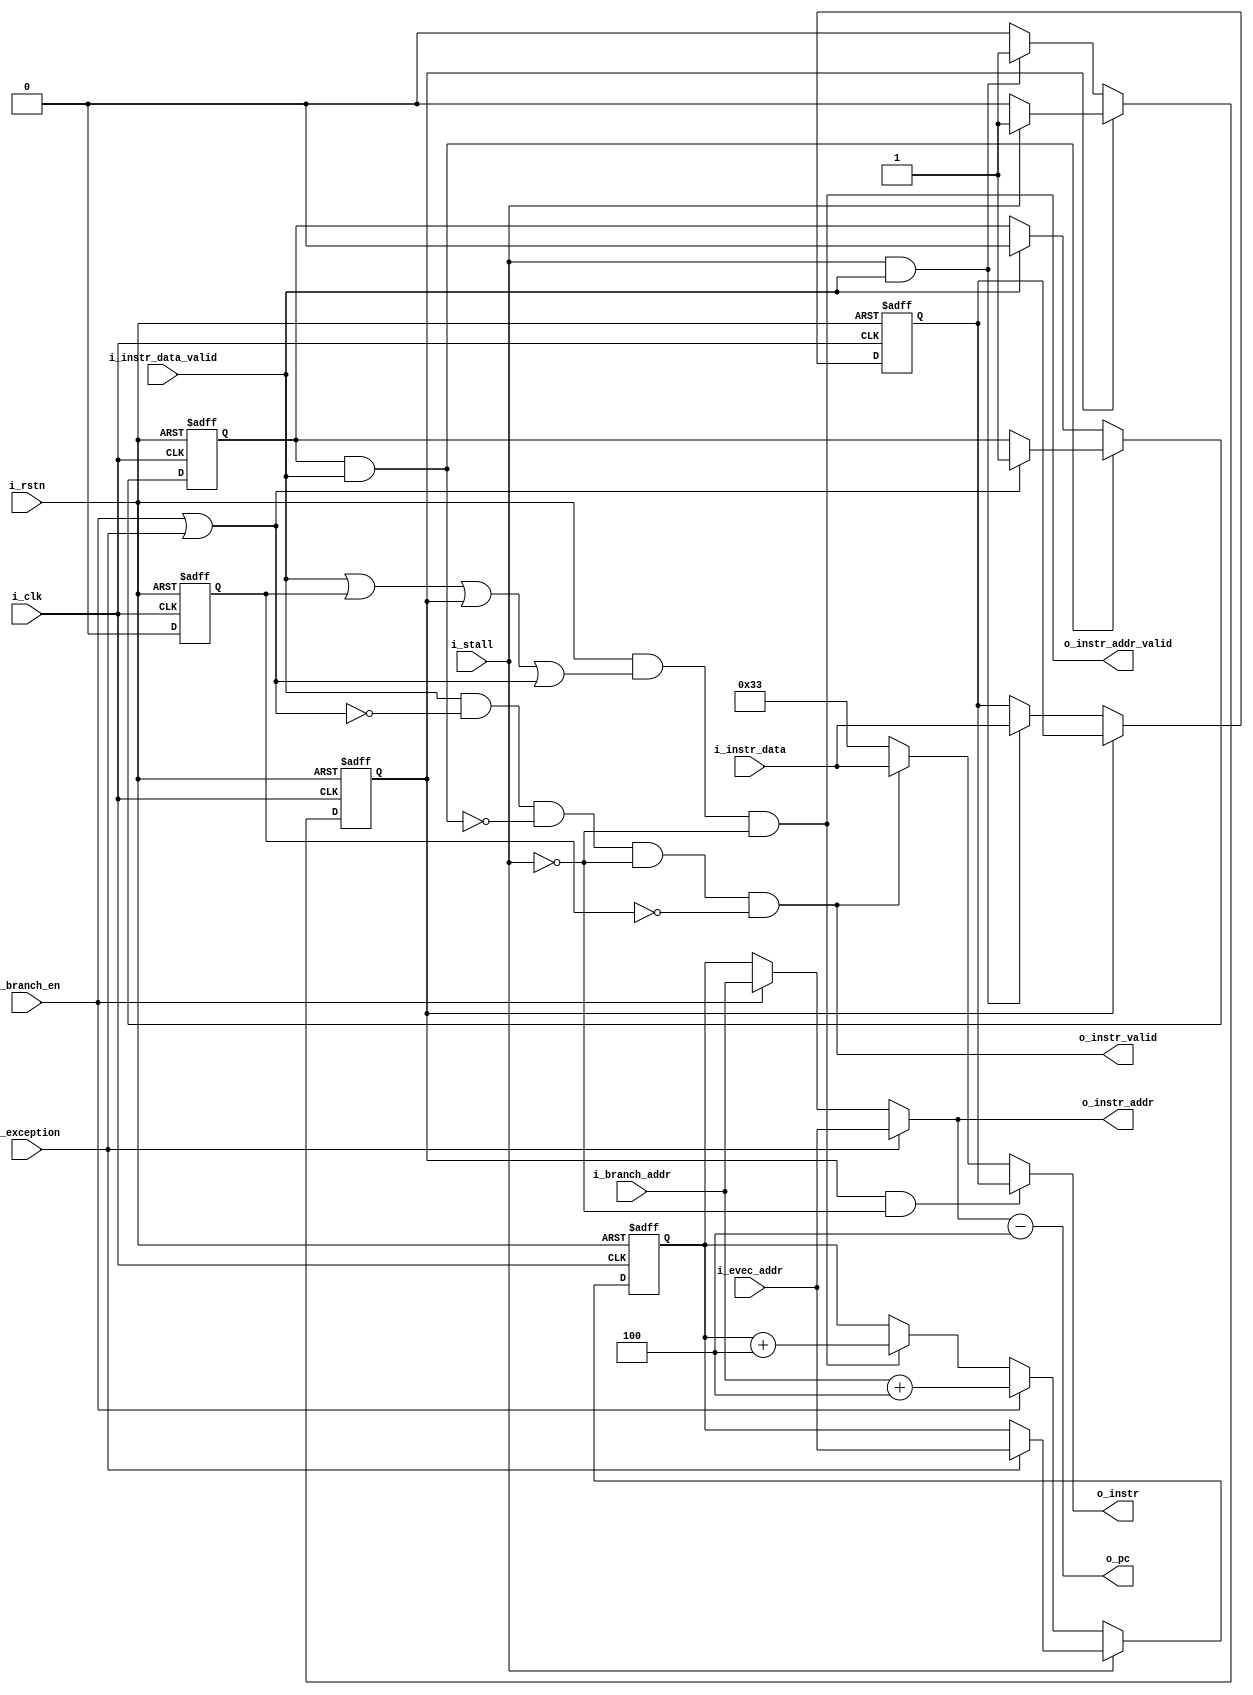
///////////////////////////////////////////////////////////////////
//       _____         __            ____   ____
//      /  _  \  __ __|  | __        \   \ /   /
//     /  /_\  \|  |  \  |/ /  ______ \   Y   / 
//    /    |    \  |  /    <  /_____/  \     /  
//    \____|__  /____/|__|_ \           \___/   
//            \/           \/                   
//
///////////////////////////////////////////////////////////////////
//Project     : Auk-V
//Description : RV32I CPU
//              With 5 stage pipeline
//              Brach always not taken
// 
//File type   : Verilog RTL
//Description : Fetch unit
//
////////////////////////////////////////////////////////////////////
 
module aukv_fetch 
        ( i_clk,i_rstn,
        i_instr_data,i_instr_data_valid,o_instr_addr,o_instr_addr_valid,
        i_stall,i_branch_addr,i_evec_addr,i_branch_en,i_exception,
        o_pc,o_instr,o_instr_valid
        );


input i_clk;
input i_rstn;
input [31:0] i_instr_data;
input i_instr_data_valid;
output o_instr_addr_valid;
output [31:0] o_instr_addr;
input i_stall;
input [31:0] i_branch_addr;
input [31:0] i_evec_addr;
input i_branch_en;
input i_exception;

output [31:0] o_pc;
output [31:0] o_instr;
output o_instr_valid;

reg [31:0] pc;
reg en_buff;
reg branch_lat;
reg [31:0] data_buff;
reg start;
//reg flush;
wire en_stall;
wire branch_buff;
wire en;
wire ins_valid;
wire [31:0] t_pc;
wire branch;
assign branch=i_branch_en | i_exception;
always @(posedge i_clk,negedge i_rstn) begin
    if (~i_rstn) begin
        start<=1'b1;
    end else begin
        start<=1'b0;
    end
end
always @(posedge i_clk,negedge i_rstn) begin
    if (~i_rstn) begin
        branch_lat<=1'b0;
    end else begin
        if (branch_buff) begin
            if (branch) begin
                branch_lat<=1'b1;
            end
        end else begin
            if (i_instr_data_valid) begin
                branch_lat<=1'b0;
            end
        end
    end
end


always @(posedge i_clk,negedge i_rstn) begin
    if (~i_rstn) begin
        en_buff<=1'b0;
        data_buff<=32'h33;
    end else begin
        if (~en_buff) begin
            if (i_stall & i_instr_data_valid) begin
                en_buff<=1'b1;
                data_buff<=i_instr_data;
            end
        end else begin
            if (~i_stall) begin
                en_buff<=1'b0;
            end
        end
    end
end



always @(posedge i_clk,negedge i_rstn) begin
    if (~i_rstn) begin
        pc<=32'h00000000;
    end else begin
        if (i_stall) begin
            if (i_exception) begin
                pc<=i_evec_addr;
            end
        end else begin
            if (i_branch_en) begin
                //flush<=1'b1;
                pc<= i_branch_addr + 32'h4;
            end else begin
                if (en) begin
                    pc<=pc+4;
                end
            end
        end
    end
end

assign en_stall=en_buff & (~ i_stall);
assign branch_buff=branch_lat & i_instr_data_valid;
assign en=i_rstn & (i_instr_data_valid | start | en_buff | branch) & (~i_stall);
assign ins_valid = (i_instr_data_valid & (~branch) & (~branch_buff)  & (~i_stall)) & (~start);
assign t_pc = i_exception? i_evec_addr : i_branch_en? i_branch_addr : pc;
assign o_instr_addr=t_pc;
assign o_pc = t_pc-4;
assign o_instr=en_stall ? data_buff: ins_valid ? i_instr_data : 32'h33;
assign o_instr_valid = ins_valid;
assign o_instr_addr_valid= en;
endmodule